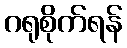
ဂရုစိုက်ရန်